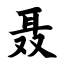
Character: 聂